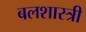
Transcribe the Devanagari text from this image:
बलशास्त्री